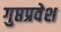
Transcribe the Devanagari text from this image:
गुप्तप्रवेश